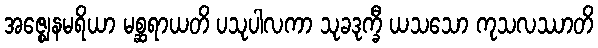
အဇ္ဈေနမရိယာ မစ္ဆရာယတိ ပသုပါလကာ သုခဒုက္ခီ ယသသော ကုသလဿာတိ